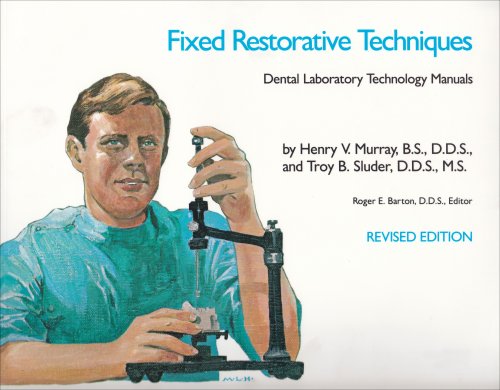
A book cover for Fixed Restorative Techniques (Dental Laboratory Technology Manuals); Henry V. Murray; Medical Books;